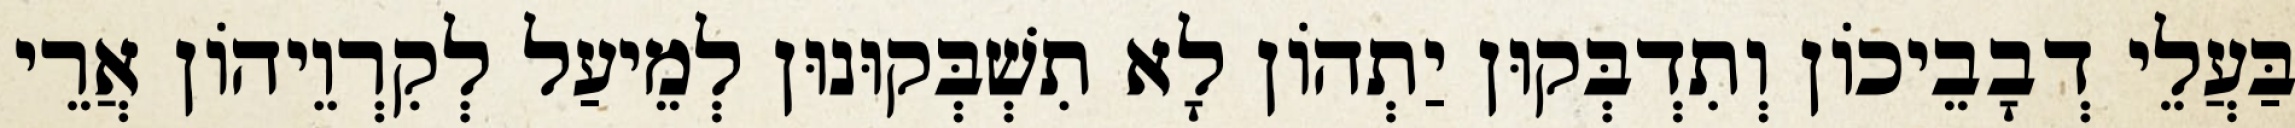
בַּעֲלֵי דְבָבֵיכוֹן וְתִדְבְּקוּן יַתְהוֹן לָא תִשְׁבְּקוּנוּן לְמֵיעַל לְקִרְוֵיהוֹן אֲרֵי